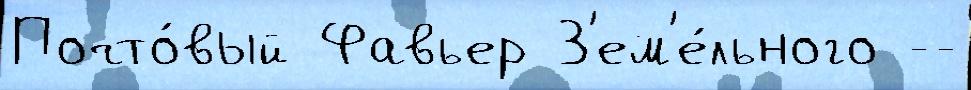
Почто́вый Фавьер З'ем'е́льного --